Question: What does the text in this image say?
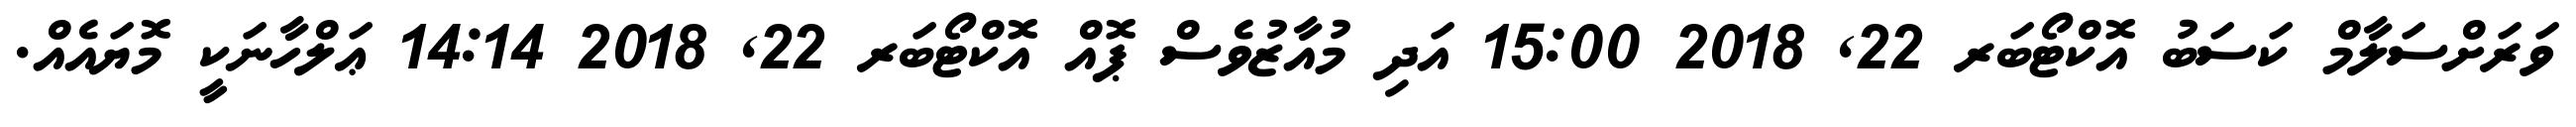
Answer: ވަރަށްސަލާމް ކަސަބު އޮކްޓޯބަރ 22, 2018 15:00 އަދި މުއާޒުވެސް ޕޮއް އޮކްޓޯބަރ 22, 2018 14:14 ޢަލްހާނަކީ މޮޔައެއް.